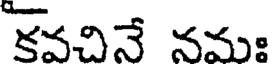
కవచినే నమః